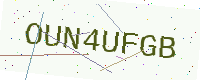
Text: OUN4UFGB